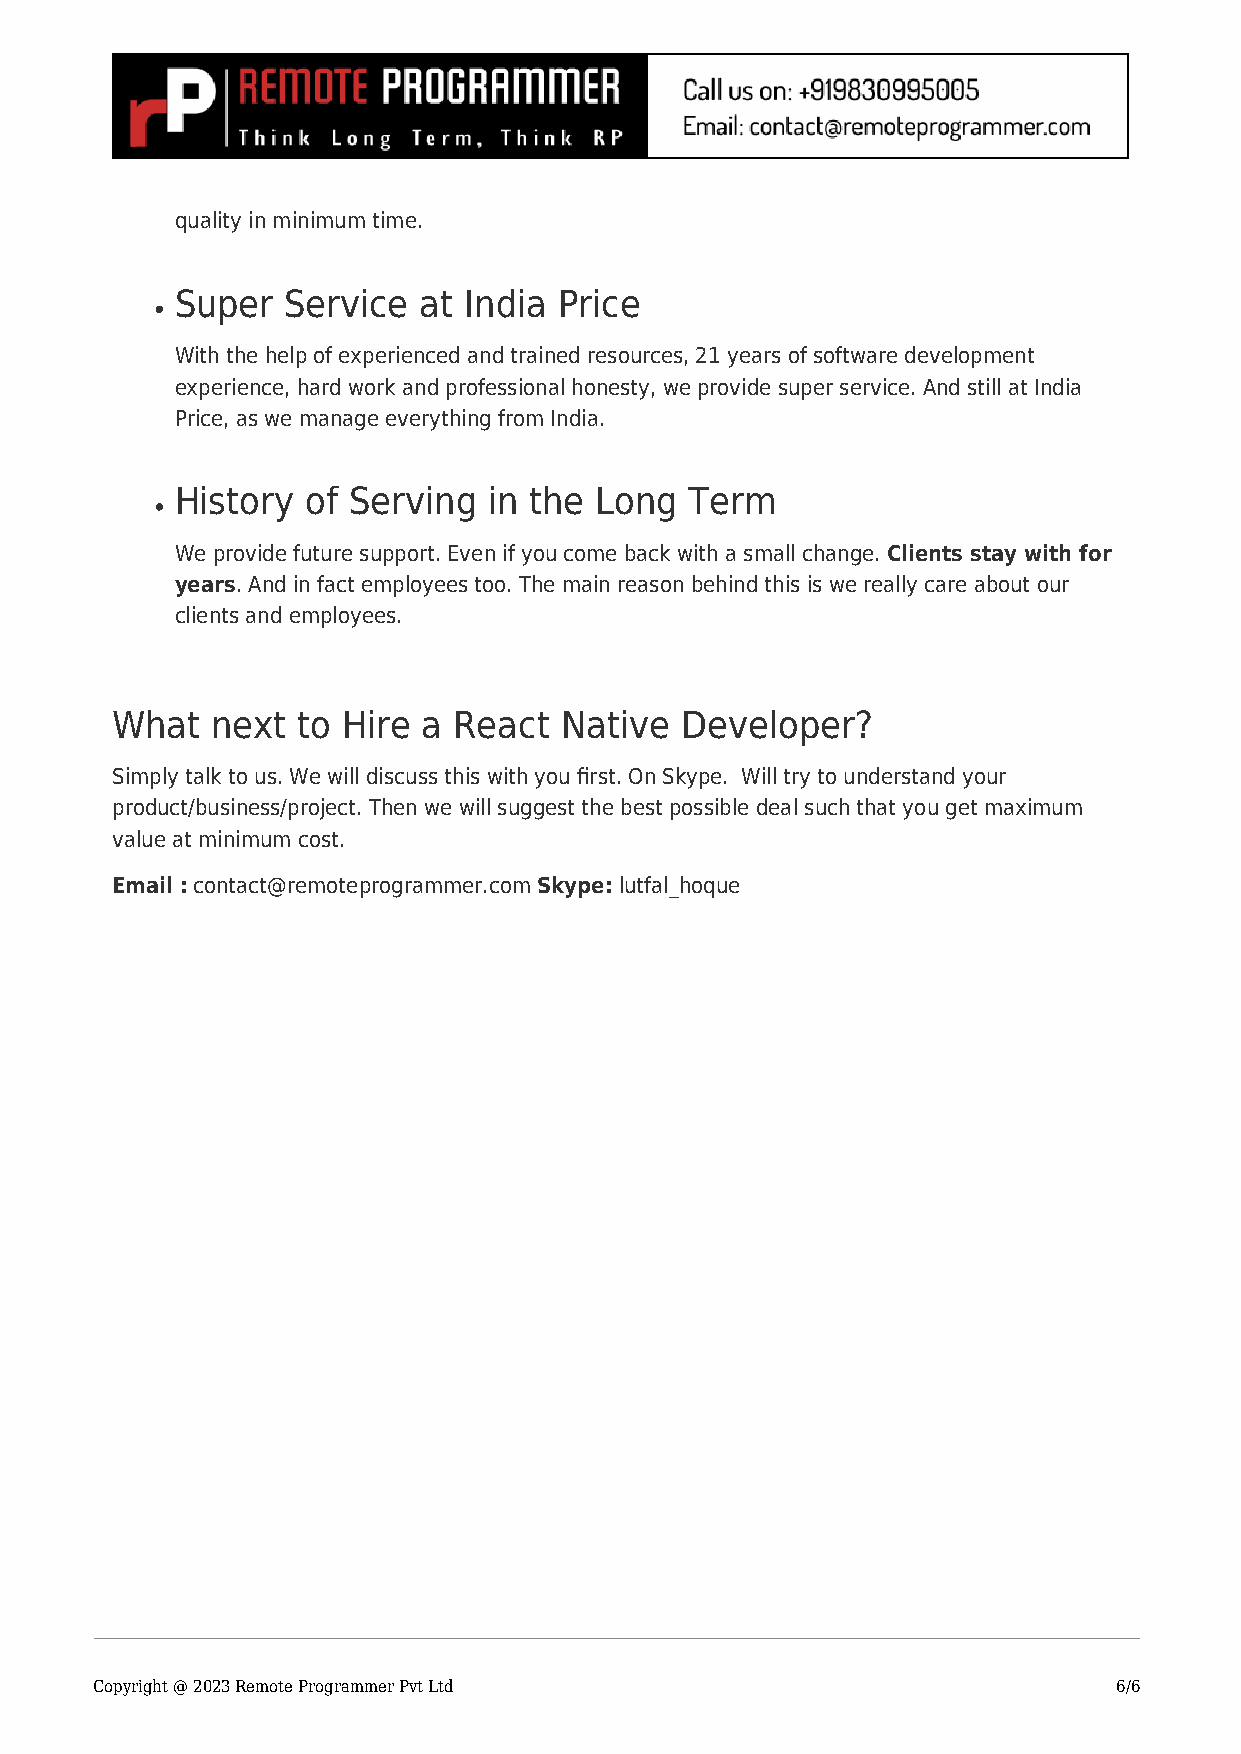
quality in minimum time.
 Super  Service  at India Price
 With the help of experienced and trained resources, 21 years of software development
 experience, hard work and professional honesty, we provide super service. And still at India
 Price, as we manage everything from India.
 History of Serving  in the Long   Term
 We provide future support. Even if you come back with a small change. Clients stay with for
 years. And in fact employees too. The main reason behind this is we really care about our
 clients and employees.
 What   next  to Hire a React  Native  Developer?
 Simply talk to us. We will discuss this with you first. On Skype. Will try to understand your
 product/business/project. Then we will suggest the best possible deal such that you get maximum
 value at minimum cost.
 Email : contact@remoteprogrammer.com Skype: lutfal_hoque
 Copyright @ 2023 Remote Programmer Pvt Ltd                          6/6